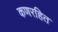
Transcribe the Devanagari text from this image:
कणरहित